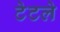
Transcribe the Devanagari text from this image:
टेटले